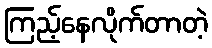
ကြည့်နေလိုက်တာတဲ့